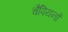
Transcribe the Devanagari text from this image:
चैपियनों